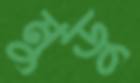
মুডু